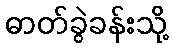
ဓာတ်ခွဲခန်းသို့